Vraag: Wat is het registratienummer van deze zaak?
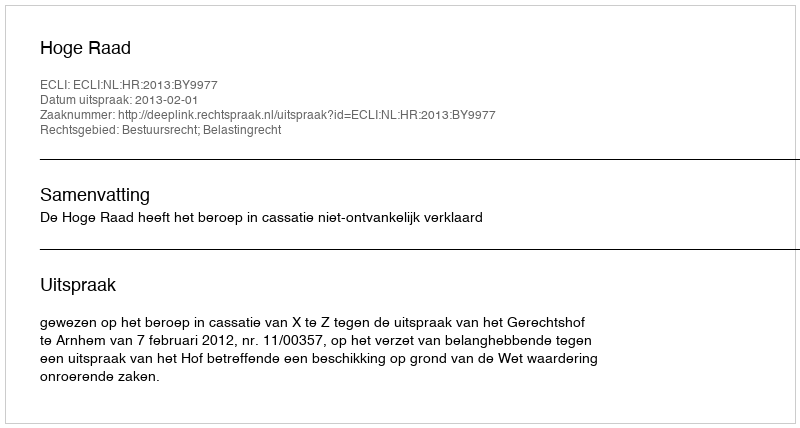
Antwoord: http://deeplink.rechtspraak.nl/uitspraak?id=ECLI:NL:HR:2013:BY9977